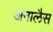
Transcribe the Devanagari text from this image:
अनालैस